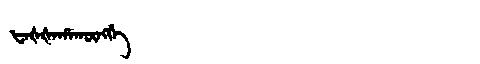
Manchu: ᡶᠠᡧᡧᠠᡥᠠᡴᡡᠩᡤᡝ
Romanization: FAŠŠAHAKŪNGGE